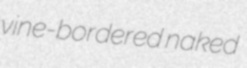
vine-bordered naked